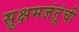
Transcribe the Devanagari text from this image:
सूक्षमजंतूंची